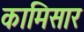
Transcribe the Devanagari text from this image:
कामिसार